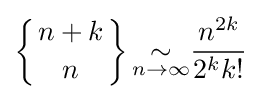
\left\{{n+k \atop n}\right\}{\underset {n\to \infty }{\sim }}{\frac {n^{2k}}{2^{k}k!}}